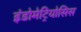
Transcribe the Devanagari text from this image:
इंडोमेट्रियोसिस